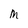
Character: M